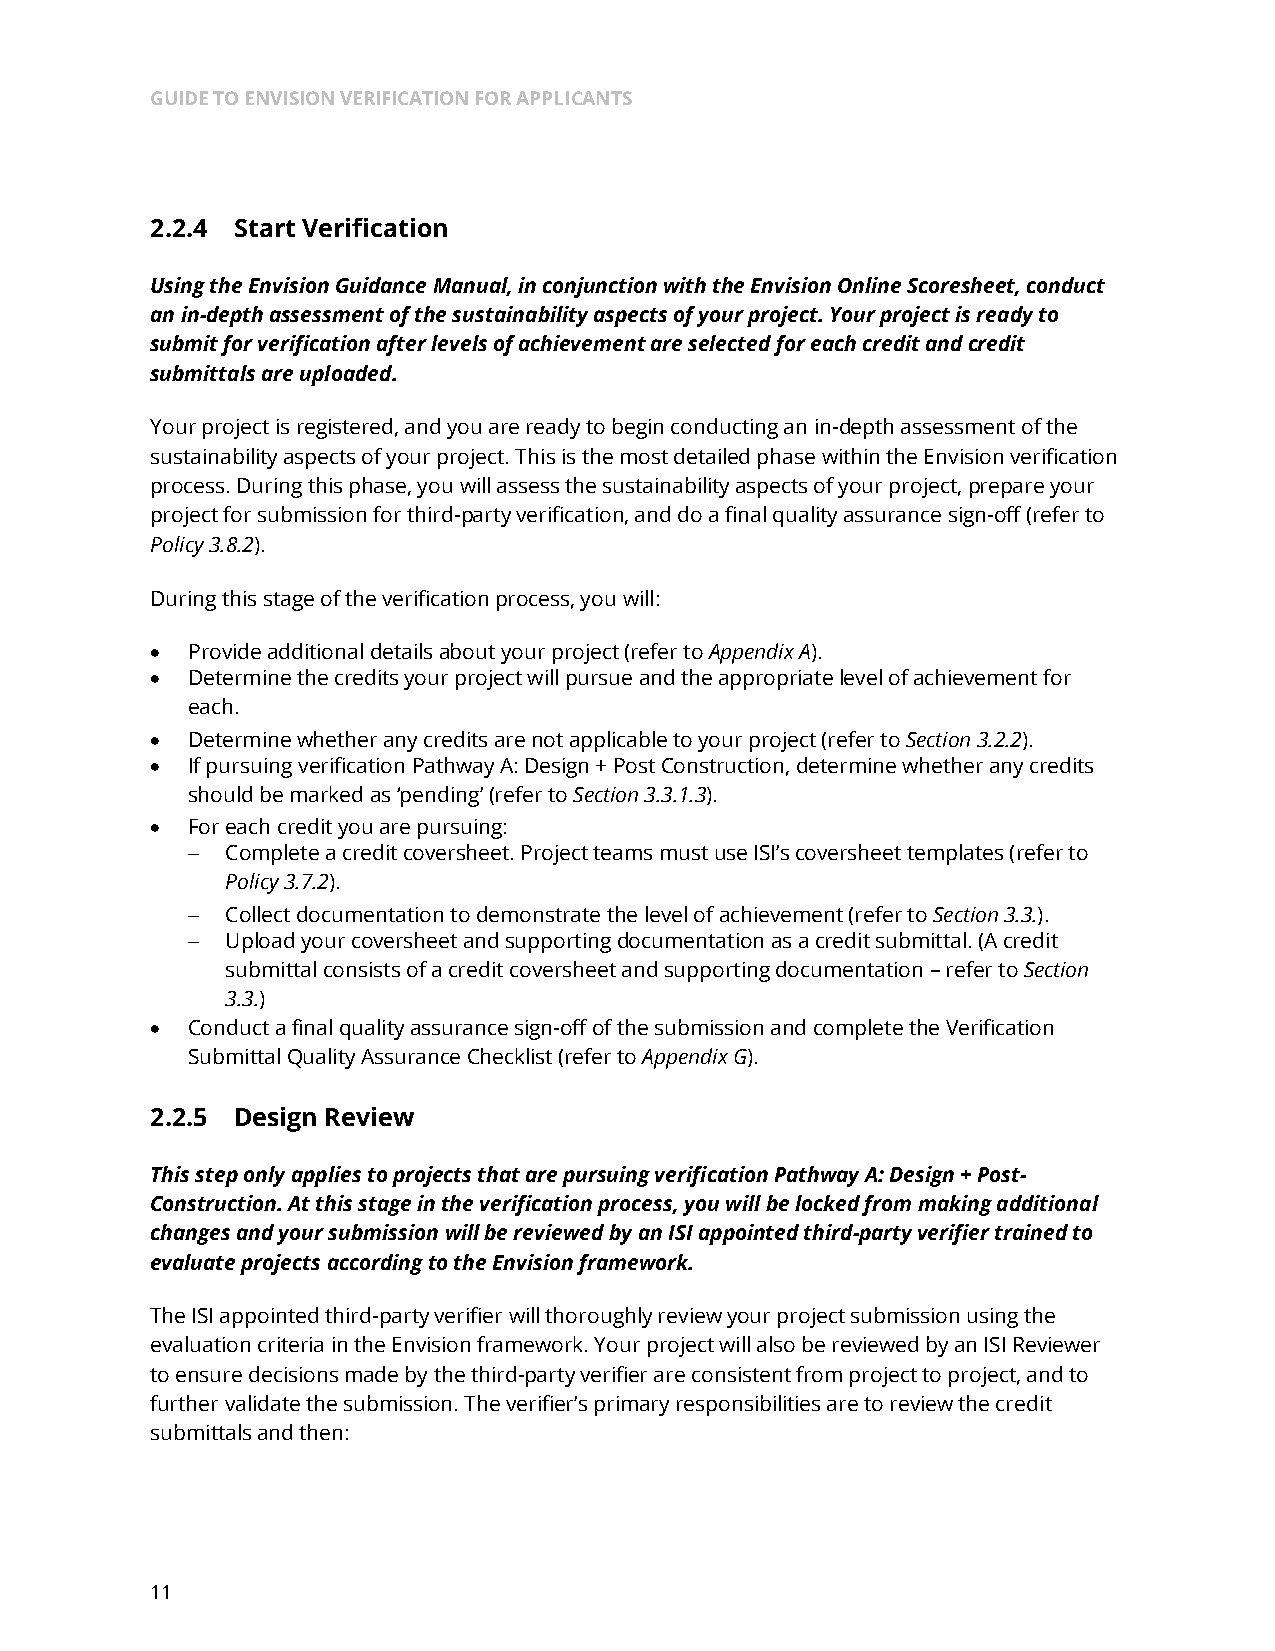
GUIDE TO ENVISION VERIFICATION FOR APPLICANTS
 2.2.4 Start Verification
 Using the Envision Guidance Manual, in conjunction with the Envision Online Scoresheet, conduct
 an in-depth assessment of the sustainability aspects of your project. Your project is ready to
 submit for verification after levels of achievement are selected for each credit and credit
 submittals are uploaded.
 Your project is registered, and you are ready to begin conducting an in-depth assessment of the
 sustainability aspects of your project. This is the most detailed phase within the Envision verification
 process. During this phase, you will assess the sustainability aspects of your project, prepare your
 project for submission for third-party verification, and do a final quality assurance sign-off (refer to
 Policy 3.8.2).
 During this stage of the verification process, you will:
 • Provide additional details about your project (refer to Appendix A).
 • Determine the credits your project will pursue and the appropriate level of achievement for
 each.
 • Determine whether any credits are not applicable to your project (refer to Section 3.2.2).
 • If pursuing verification Pathway A: Design + Post Construction, determine whether any credits
 should be marked as ‘pending’ (refer to Section 3.3.1.3).
 • For each credit you are pursuing:
 -  Complete a credit coversheet. Project teams must use ISI’s coversheet templates (refer to
 Policy 3.7.2).
 -  Collect documentation to demonstrate the level of achievement (refer to Section 3.3.).
 -  Upload your coversheet and supporting documentation as a credit submittal. (A credit
 submittal consists of a credit coversheet and supporting documentation – refer to Section
 3.3.)
 • Conduct a final quality assurance sign-off of the submission and complete the Verification
 Submittal Quality Assurance Checklist (refer to Appendix G).
 2.2.5 Design Review
 This step only applies to projects that are pursuing verification Pathway A: Design + Post-
 Construction. At this stage in the verification process, you will be locked from making additional
 changes and your submission will be reviewed by an ISI appointed third-party verifier trained to
 evaluate projects according to the Envision framework.
 The ISI appointed third-party verifier will thoroughly review your project submission using the
 evaluation criteria in the Envision framework. Your project will also be reviewed by an ISI Reviewer
 to ensure decisions made by the third-party verifier are consistent from project to project, and to
 further validate the submission. The verifier’s primary responsibilities are to review the credit
 submittals and then:
 11